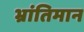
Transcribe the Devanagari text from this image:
भ्रांतिमान